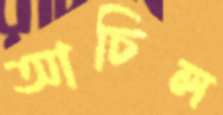
আচিল